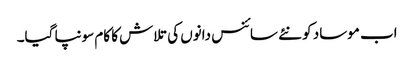
اب موساد کو نئے سائنس دانوں کی تلاش کا کام سونپا گیا۔